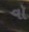
વૉ